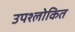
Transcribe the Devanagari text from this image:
उपश्लोकित